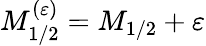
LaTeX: M_{1/2}^{(\varepsilon)}=M_{1/2}+\varepsilon